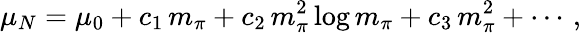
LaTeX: \mu_{N}=\mu_{0}+c_{1}\, m_{\pi}+c_{2}\, m_{\pi}^{2}\log m_{\pi}+c_{3}\, m_{\pi}^{2}+\cdots\, ,